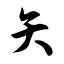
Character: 矢